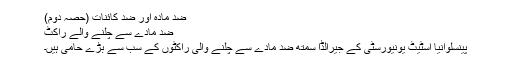
ضد مادّہ اور ضد کائنات (حصّہ دوم)
ضد مادّے سے چلنے والے راکٹ
پینسلوانیا اسٹیٹ یونیورسٹی کے جیرالڈا سمتھ ضد مادّے سے چلنے والی راکٹوں کے سب سے بڑے حامی ہیں۔